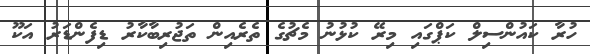
ހުރާ ކައުންސިލް ކަޕްގައި މިރޭ ކުޅުނު މެޗުގެ ތެރެއިން ތަޖުރިބާކާރު ޑިފެންޑަރު އަކޫ